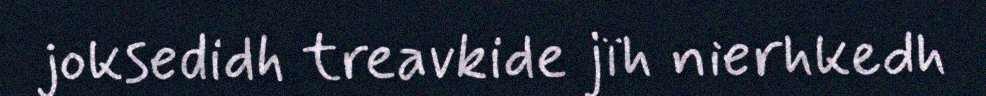
joksedidh treavkide jïh nierhkedh